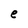
Character: e